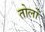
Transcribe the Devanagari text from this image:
तोलों